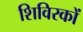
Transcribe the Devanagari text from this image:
शिविरकों